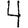
Digit: 4